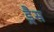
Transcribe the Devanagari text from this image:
ड्रैस